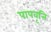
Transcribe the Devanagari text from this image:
पापवृत्ति